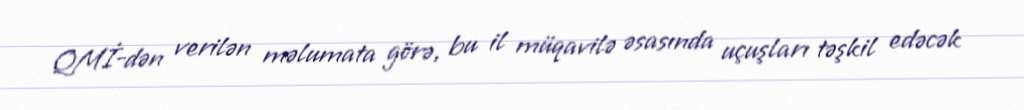
QMİ-dən verilən məlumata görə, bu il müqavilə əsasında uçuşları təşkil edəcək